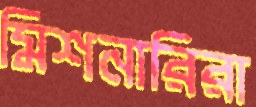
মিশনারিরা